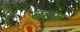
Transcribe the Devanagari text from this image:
बरफ़